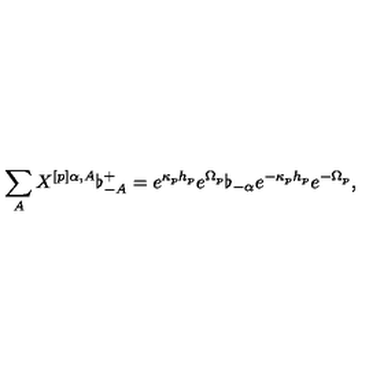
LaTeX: \sum _ { A } X ^ { [ p ] \alpha , A } \flat _ { - A } ^ { + } = e ^ { \kappa _ { p } h _ { p } } e ^ { \Omega _ { p } } \flat _ { - \alpha } e ^ { - \kappa _ { p } h _ { p } } e ^ { - \Omega _ { p } } ,